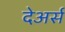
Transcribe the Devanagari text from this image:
देअर्स